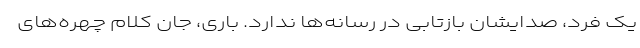
یک فرد، صدایشان بازتابی در رسانه‌ها ندارد. باری، جان کلام چهره‌های